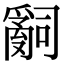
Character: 𤔲